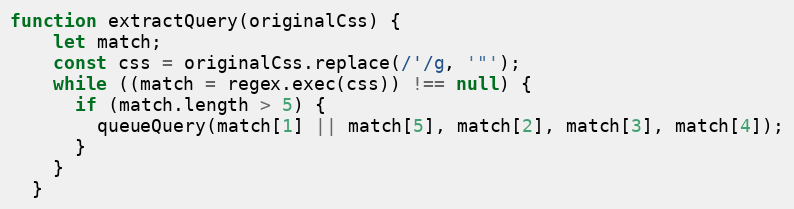
Language: JavaScript
function extractQuery(originalCss) {
    let match;
    const css = originalCss.replace(/'/g, '"');
    while ((match = regex.exec(css)) !== null) {
      if (match.length > 5) {
        queueQuery(match[1] || match[5], match[2], match[3], match[4]);
      }
    }
  }